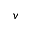
v